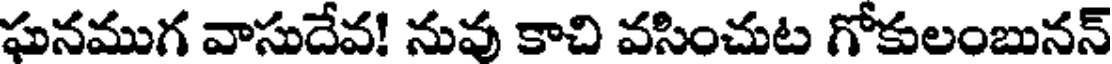
ఘనముగ వాసుదేవ! నువు కాచి వసించుట గోకులంబునన్